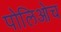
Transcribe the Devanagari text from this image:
पोलिओच